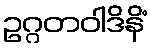
ဥဂ္ဂတဝါဒိနိံ